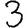
Digit: 3